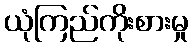
ယုံကြည်ကိုးစားမှု